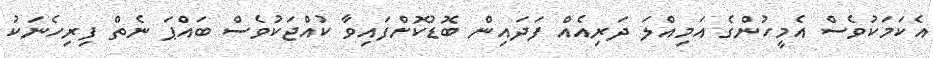
އެކަމަކުވެސް އެމީހުންގެ އަމިއްލަ ދަރިއެއް ފަދައިން ބޮޑުކޮށްފައިވާ ކުއްޖަކުވެސް ބައްޕަ ނެތް ފިރިހެނަކު